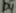
Text: D4